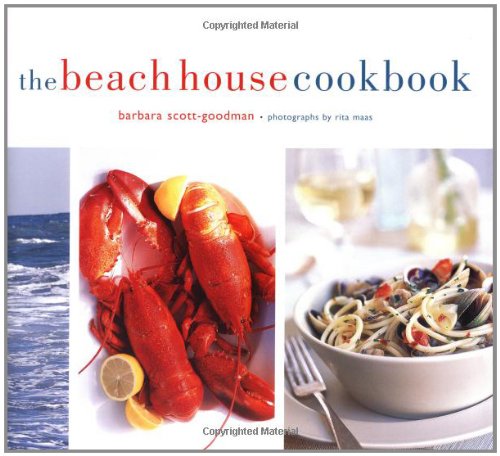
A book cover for The Beach House Cookbook; Barbara Scott-Goodman; Cookbooks, Food & Wine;